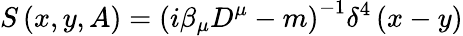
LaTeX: S\left(x,y,A\right)=\left(i\beta_{\mu}D^{\mu}-m\right)^{-1}\delta^{4}\left(x-y\right)